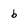
Character: b